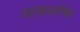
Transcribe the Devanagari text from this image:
आकाशरेषेत